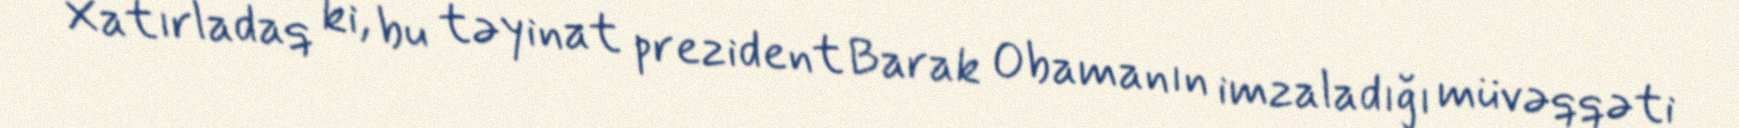
Xatırladaq ki, bu təyinat prezident Barak Obamanın imzaladığı müvəqqəti